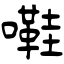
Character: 嚡